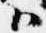
御